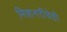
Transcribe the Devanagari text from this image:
मिशनरींचेही